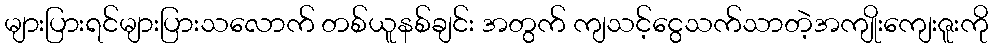
များပြားရင်များပြားသလောက် တစ်ယူနစ်ချင်း အတွက် ကျသင့်ငွေသက်သာတဲ့အကျိုးကျေးဇူးကို